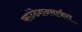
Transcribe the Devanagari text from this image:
फाउंडेशनमार्फत